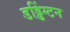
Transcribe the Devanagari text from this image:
डड्डिंग्टन